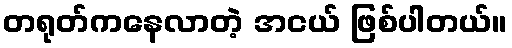
တရုတ်ကနေလာတဲ့ အငယ် ဖြစ်ပါတယ်။